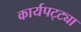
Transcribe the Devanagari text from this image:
कार्यपट्ट्या